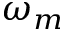
\omega _ { m }